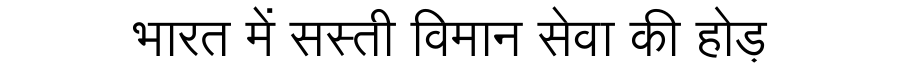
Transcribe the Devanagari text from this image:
भारत में सस्ती विमान सेवा की होड़